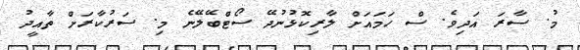
މު. ސާރަ އަދިވެ. ސް ހަމައަށް ލާރިކޮޅުނުދޭ ސޯޓްބޭލޭނެ މި. ސަރުކާރަށް ތާއީދު